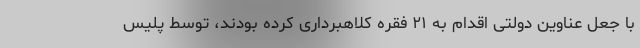
با جعل عناوین دولتی اقدام به ۲۱ فقره کلاهبرداری کرده بودند، توسط پلیس